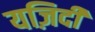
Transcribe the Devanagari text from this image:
यज़िदी